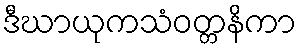
ဒီဃာယုကသံဝတ္တနိကာ